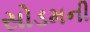
સોડમની